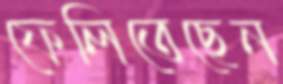
ফেলিতেছেন